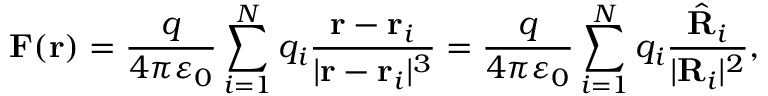
\mathbf { F } ( \mathbf { r } ) = { \frac { q } { 4 \pi \varepsilon _ { 0 } } } \sum _ { i = 1 } ^ { N } q _ { i } { \frac { \mathbf { r } - \mathbf { r } _ { i } } { | \mathbf { r } - \mathbf { r } _ { i } | ^ { 3 } } } = { \frac { q } { 4 \pi \varepsilon _ { 0 } } } \sum _ { i = 1 } ^ { N } q _ { i } { \frac { { \hat { \mathbf { R } } } _ { i } } { | \mathbf { R } _ { i } | ^ { 2 } } } ,